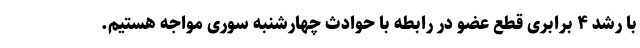
با رشد ۴ برابری قطع عضو در رابطه با حوادث چهارشنبه سوری مواجه هستیم.